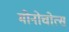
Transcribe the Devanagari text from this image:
मोनोचोत्स